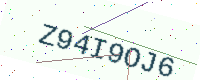
Text: Z94I9OJ6